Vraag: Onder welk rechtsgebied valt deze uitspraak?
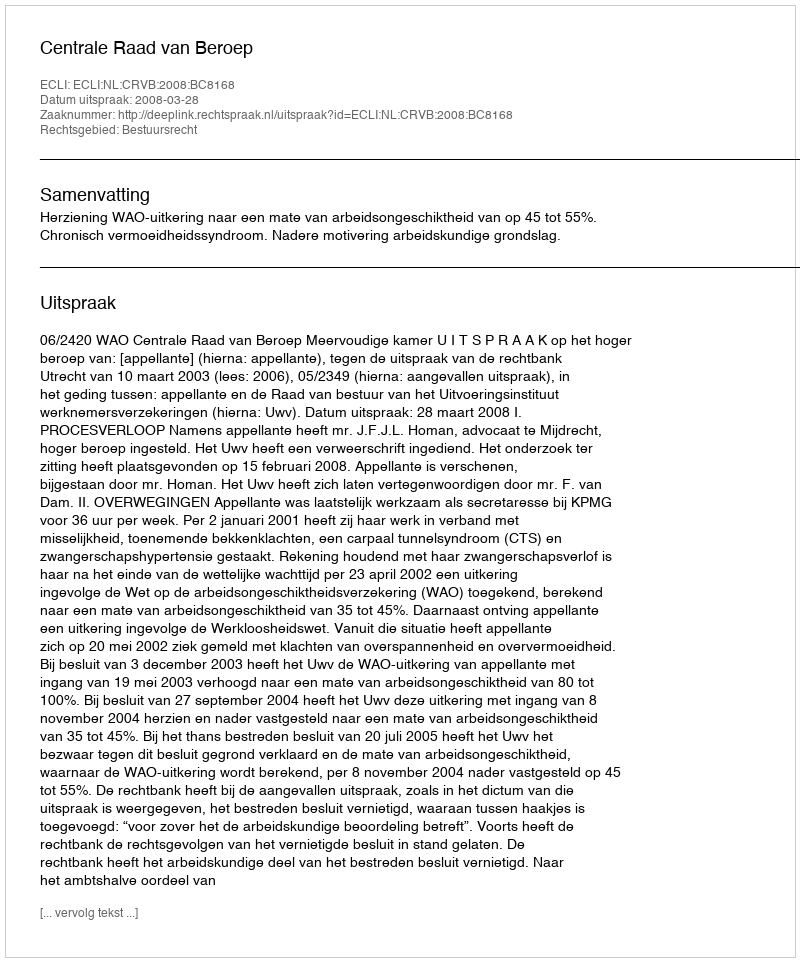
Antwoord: Bestuursrecht